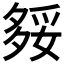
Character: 𡖲